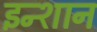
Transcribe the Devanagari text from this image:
इन्शान